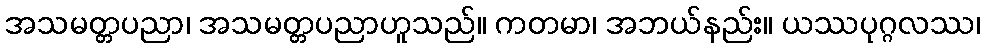
အသမတ္တပညာ၊ အသမတ္တပညာဟူသည်။ ကတမာ၊ အဘယ်နည်း။ ယဿပုဂ္ဂလဿ၊